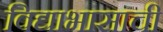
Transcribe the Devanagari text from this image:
विद्याभासाची